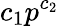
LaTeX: c_{1}p^{c_{2}}